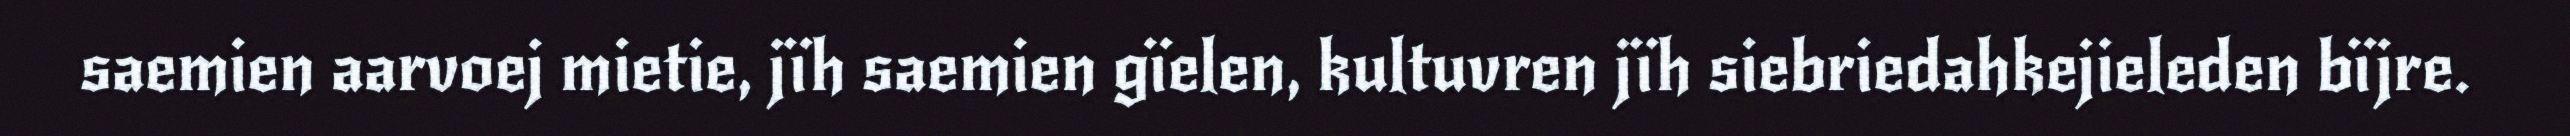
saemien aarvoej mietie, jïh saemien gïelen, kultuvren jïh siebriedahkejieleden bïjre.